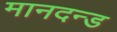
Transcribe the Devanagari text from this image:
मानदन्ड